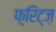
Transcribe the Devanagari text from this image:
फ़्रिट्ज़